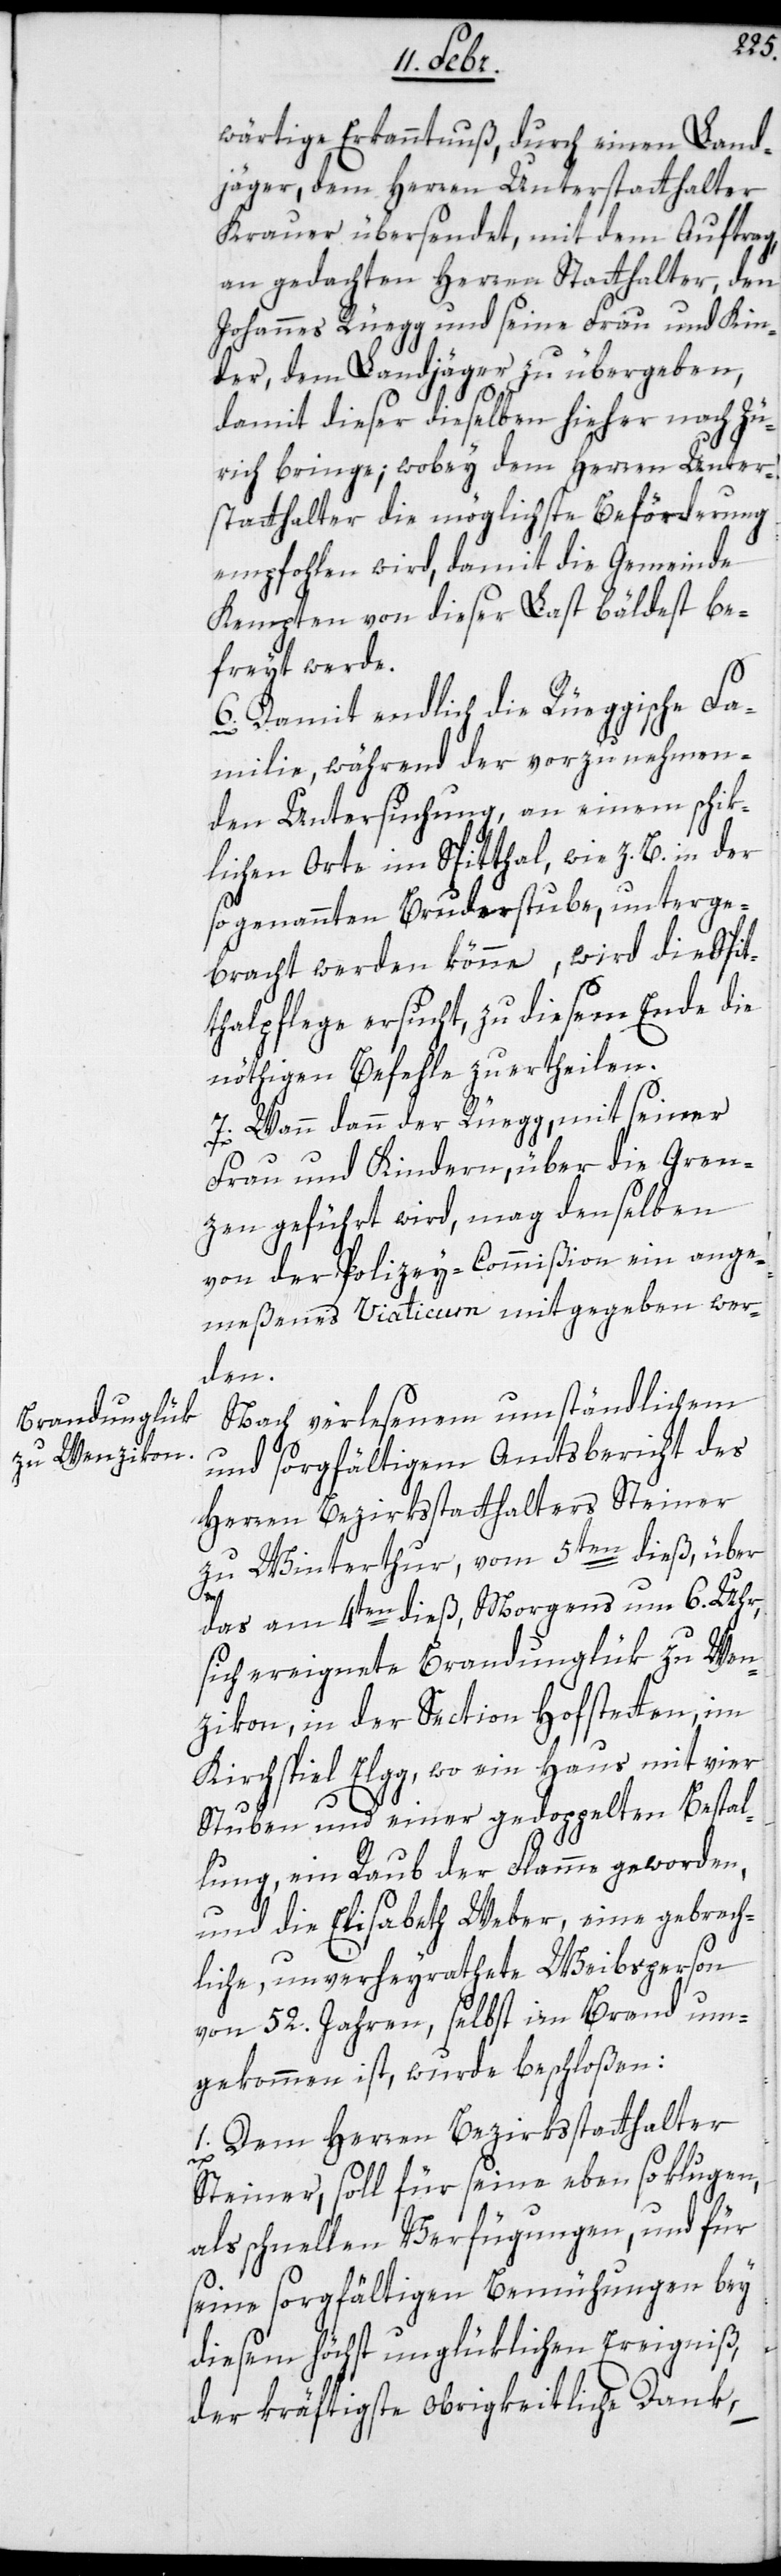
wärtige Erkanntnuß, durch einen Land¬
jäger, dem Herren Unterstatthalter
Krauer übersendet, mit dem Auftrag,
an gedachten Herren Statthalter, den
Johannes Rüegg und seine Frau und Kin¬
der, dem Landjäger zu übergeben,
damit dieser dieselben hieher nach Zü¬
rich bringe, wobey dem Herren Unter¬
statthalter die möglichste Beförderung
empfohlen wird, damit die Gemeinde
Kempten von dieser Last bäldest be¬
freyt werde.
6. Damit endlich die Rüeggische Fa¬
milie, während der vorzunehmen¬
den Untersuchung, an einem schik¬
lichen Orte im Spitthal, wie z. B. in der
so genannten Bruderstube, unterge¬
bracht werden könne, wird die Spit¬
thalpflege ersucht, zu diesem Ende die
nöthigen Befehle zu ertheilen.
7. Wann dann der Rüegg, mit seiner
Frau und Kindern, über die Grän¬
zen geführt wird, mag denselben
von der Polizey-Commißion ein ange¬
meßenes Viaticum mitgegeben wer¬
den.
Nach verlesenem umständlichem
und sorgfältigem Amtsbericht des
Herren Bezirksstatthalters Steiner
zu Winterthur, vom 5ten dieß, über
das am 4ten dieß, Morgens um 6. Uhr,
sich ereignete Brandunglük zu Wen¬
zikon, in der Section Hofstetten, im
Kirchspiel Elgg, wo ein Haus mit vier
Stuben und einer gedoppelten Bestal¬
lung, ein Raub der Flamme geworden,
und die Elisabeth Weber, eine gebrech¬
liche, unverheyrathete Weibsperson
von 52. Jahren, selbst im Brand um¬
gekommen ist, wurde beschloßen:
1. Dem Herren Bezirksstatthalter
Steiner, soll für seine ebenso klugen,
als schnellen Verfügungen, und für
seine sorgfältigen Bemühungen bey
diesem höchst unglüklichen Ereigniß,
der kräftigste obrigkeitliche Dank,